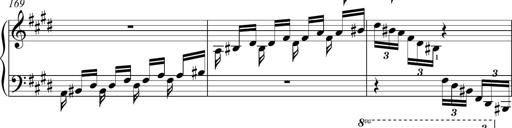
Title: Funeral March and Sonatina
Composer: Thomas Hellemans
Key: C-sharp minor